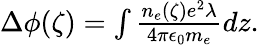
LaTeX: \begin{array}{r}{\Delta\phi(\zeta)=\int\frac{n_{e}(\zeta)e^{2}\lambda}{4\pi\epsilon_{0}m_{e}}dz.}\end{array}